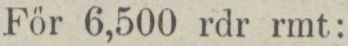
För 6,500 rdr rmt: